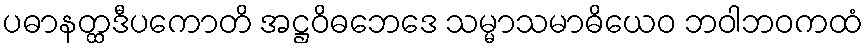
ပဓာနတ္ထဒီပကောတိ အဋ္ဌဝိဓဘေဒေ သမ္မာသမာဓိယေဝ ဘဝါဘဝကထံ